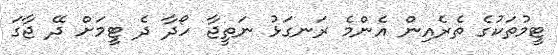
ޓީމުތަކުގެ ތެރެއިން އެންމެ ރަނގަޅު ނަތީޖާ ހޯދާ ދެ ޓީމަށް ދޭ ޖާގަ